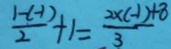
\frac { 1 - ( - 1 ) } { 2 } + 1 = \frac { 2 \times ( - 1 ) + 8 } { 3 }